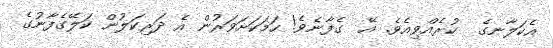
އެކަލާނގެ  ކުރެއްވިއެވެ. އޭ  ގެފާނެވެ! ހަމަކަށަވަރުން އެ ދަރިކަލުން ކަލޭގެފާނުގެ